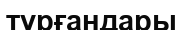
тұрғандары